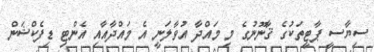
ސިޔާސީ ޕާޓީތަކުގެ ޤާނޫނުގެ މި މައްދާ އުވާލަނީ އެ މައްދާއާއި އެންޓި ޑިފެކްޝަން